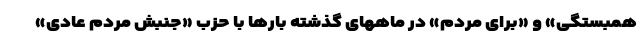
همبستگی» و «برای مردم» در ماههای گذشته بارها با حزب «جنبش مردم عادی»